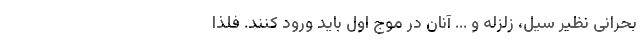
بحرانی نظیر سیل، زلزله و ... آنان در موج اول باید ورود کنند. فلذا